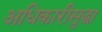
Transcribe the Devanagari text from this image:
अधिकारीसुद्धा